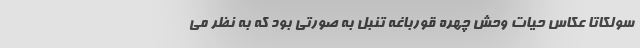
سولکاتا عکاس حیات وحش چهره قورباغه تنبل به صورتی بود که به نظر می